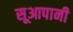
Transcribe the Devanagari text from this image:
सूआपानी